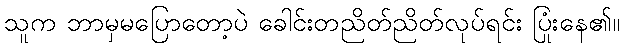
သူက ဘာမှမပြောတော့ပဲ ခေါင်းတညိတ်ညိတ်လုပ်ရင်း ပြုံးနေ၏။